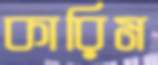
কারিম